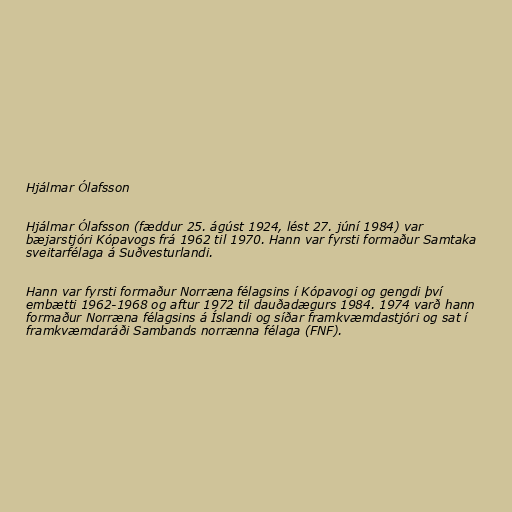
Hjálmar Ólafsson

Hjálmar Ólafsson (fæddur 25. ágúst 1924, lést 27. júní 1984) var
bæjarstjóri Kópavogs frá 1962 til 1970. Hann var fyrsti formaður Samtaka
sveitarfélaga á Suðvesturlandi.

Hann var fyrsti formaður Norræna félagsins í Kópavogi og gengdi því
embætti 1962-1968 og aftur 1972 til dauðadægurs 1984. 1974 varð hann
formaður Norræna félagsins á Íslandi og síðar framkvæmdastjóri og sat í
framkvæmdaráði Sambands norrænna félaga (FNF).